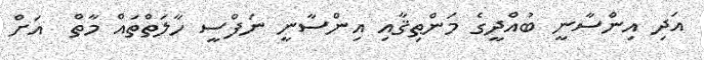
އަދި އިންސާނީ ބުއްދީގެ މަންޠިޤާއި އިންސާނީ ނަފްސީ ހާލަތްތައް މާތް  އަށް